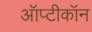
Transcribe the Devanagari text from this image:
ऑप्टीकॉन